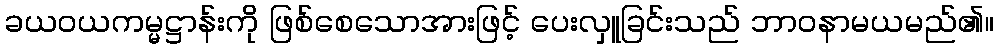
ခယဝယကမ္မဋ္ဌာန်းကို ဖြစ်စေသောအားဖြင့် ပေးလှူခြင်းသည် ဘာဝနာမယမည်၏။